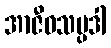
အာဇီဝသမ္ပဒါ